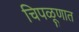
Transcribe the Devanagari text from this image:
चिपळूणात